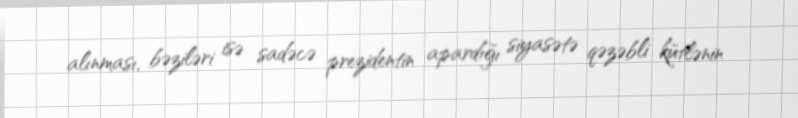
alınması, bəziləri isə sadəcə prezidentin apardığı siyasətə qəzəbli kütlənin